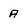
Character: A